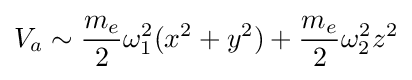
V_{a}\sim {\frac {m_{e}}{2}}{\omega _{1}^{2}}(x^{2}+y^{2})+{\frac {m_{e}}{2}}{\omega _{2}^{2}}z^{2}